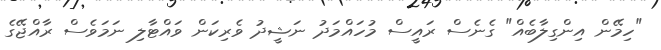
"ހިމޭން އިންގިލާބެއް" ގެނެސް ރައީސް މުހައްމަދު ނަޝީދު ވެރިކަން ވައްޓާލި ނަމަވެސް ރާއްޖޭގެ